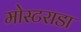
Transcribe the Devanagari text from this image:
मोस्टराडा